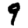
Digit: 9